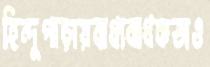
হিন্দুপাড়ায়বাধ্যবাধকতাও